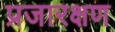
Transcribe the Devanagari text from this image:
प्रजारक्षण